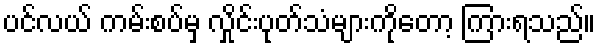
ပင်လယ် ကမ်းစပ်မှ လှိုင်းပုတ်သံများကိုတော့ ကြားရသည်။